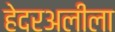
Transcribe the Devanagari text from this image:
हेदरअलीला